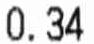
0.34